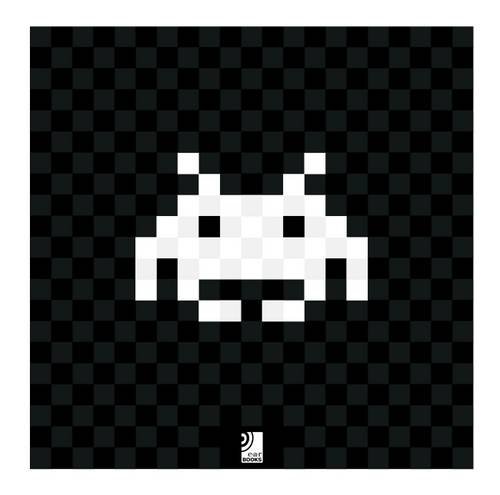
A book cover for Push Start: The Art of Video Games (English and German Edition); Stephan Guenzel; Arts & Photography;